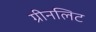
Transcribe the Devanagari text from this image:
ग्रीनलिट